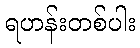
ရဟန်းတစ်ပါး